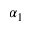
\alpha _ { 1 }